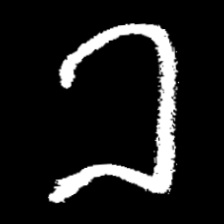
Pyu character \u2014 Myanmar letter: ခ (romanized: kha)